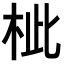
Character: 𣐑